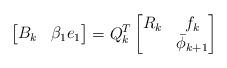
LaTeX: \begin{align*}\begin{bmatrix}B_{k} & \beta_{1}e_{1}\end{bmatrix}=Q_{k}^{T}\begin{bmatrix}R_{k} & f_{k}\\ & \bar{\phi}_{k+1}\end{bmatrix}\end{align*}